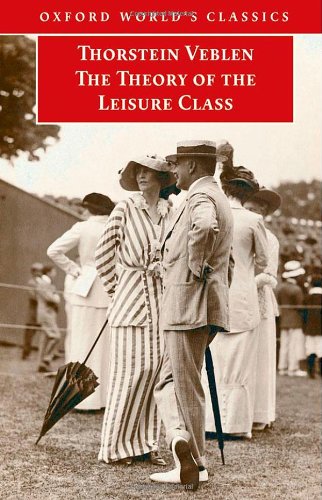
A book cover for The Theory of the Leisure Class (Oxford World's Classics); Thorstein Veblen; Politics & Social Sciences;